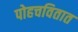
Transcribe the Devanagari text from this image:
पोहचवितात